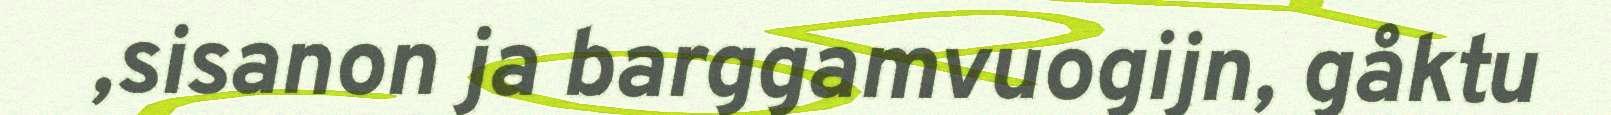
,sisanon ja barggamvuogijn, gåktu